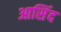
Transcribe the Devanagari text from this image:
आसिंद